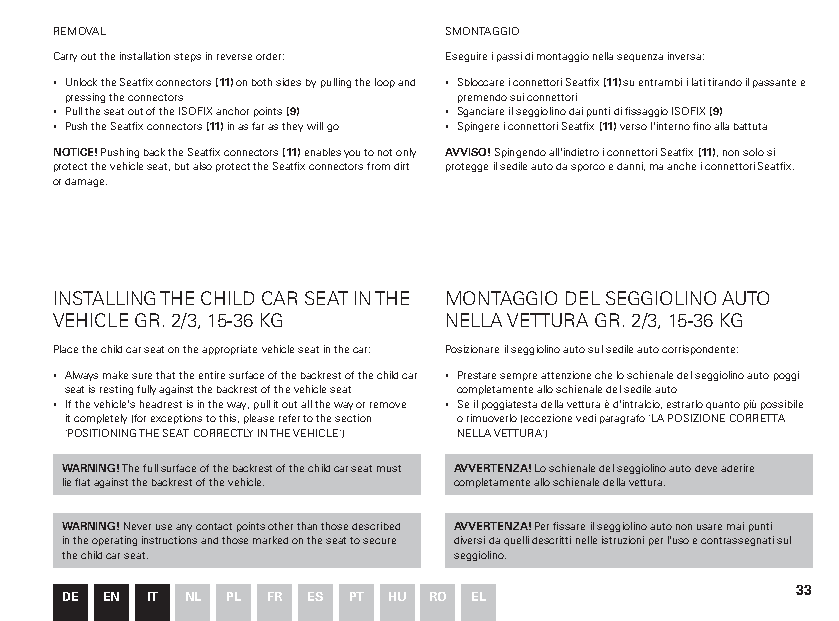
REMOVAL                  SMONTAGGIO
 Carry out the installation steps in reverse order: Eseguire i passi di montaggio nella sequenza inversa:
 ▪ Unlock the Seatfix connectors (11) on both sides by pulling the loop and ▪ Sbloccare i connettori Seatfix (11) su entrambi i lati tirando il passante e
 pressing the connectors   premendo sui connettori
 ▪ Pull the seat out of the ISOFIX anchor points (9) ▪ Sganciare il seggiolino dai punti di fissaggio ISOFIX (9)
 ▪ Push the Seatfix connectors (11) in as far as they will go ▪ Spingere i connettori Seatfix (11) verso l'interno fino alla battuta
 NOTICE! Pushing back the Seatfix connectors (11) enables you to not only AVVISO! Spingendo all'indietro i connettori Seatfix (11), non solo si
 protect the vehicle seat, but also protect the Seatfix connectors from dirt protegge il sedile auto da sporco e danni, ma anche i connettori Seatfix.
 or damage.
 INSTALLING THE CHILD CAR SEAT IN THE MONTAGGIO DEL SEGGIOLINO AUTO
 VEHICLE GR. 2/3, 15-36 KG NELLA VETTURA GR. 2/3, 15-36 KG
 Place the child car seat on the appropriate vehicle seat in the car: Posizionare il seggiolino auto sul sedile auto corrispondente:
 ▪ Always make sure that the entire surface of the backrest of the child car ▪ Prestare sempre attenzione che lo schienale del seggiolino auto poggi
 seat is resting fully against the backrest of the vehicle seat completamente allo schienale del sedile auto
 ▪ If the vehicle's headrest is in the way, pull it out all the way or remove ▪ Se il poggiatesta della vettura è d'intralcio, estrarlo quanto più possibile
 it completely (for exceptions to this, please refer to the section o rimuoverlo (eccezione vedi paragrafo "LA POSIZIONE CORRETTA
 "POSITIONING THE SEAT CORRECTLY IN THE VEHICLE") NELLA VETTURA")
 WARNING! The full surface of the backrest of the child car seat must AVVERTENZA! Lo schienale del seggiolino auto deve aderire
 lie flat against the backrest of the vehicle. completamente allo schienale della vettura.
 WARNING! Never use any contact points other than those described AVVERTENZA! Per fissare il seggiolino auto non usare mai punti
 in the operating instructions and those marked on the seat to secure diversi da quelli descritti nelle istruzioni per l'uso e contrassegnati sul
 the child car seat.       seggiolino.
 33
 DE EN IT NL PL FR ES PT HU RO EL